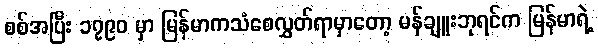
စစ်အပြီး ၁၇၉၀ မှာ မြန်မာကသံစေလွှတ်ရာမှာတော့ မန်ချူးဘုရင်က မြန်မာရဲ့